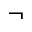
\neg